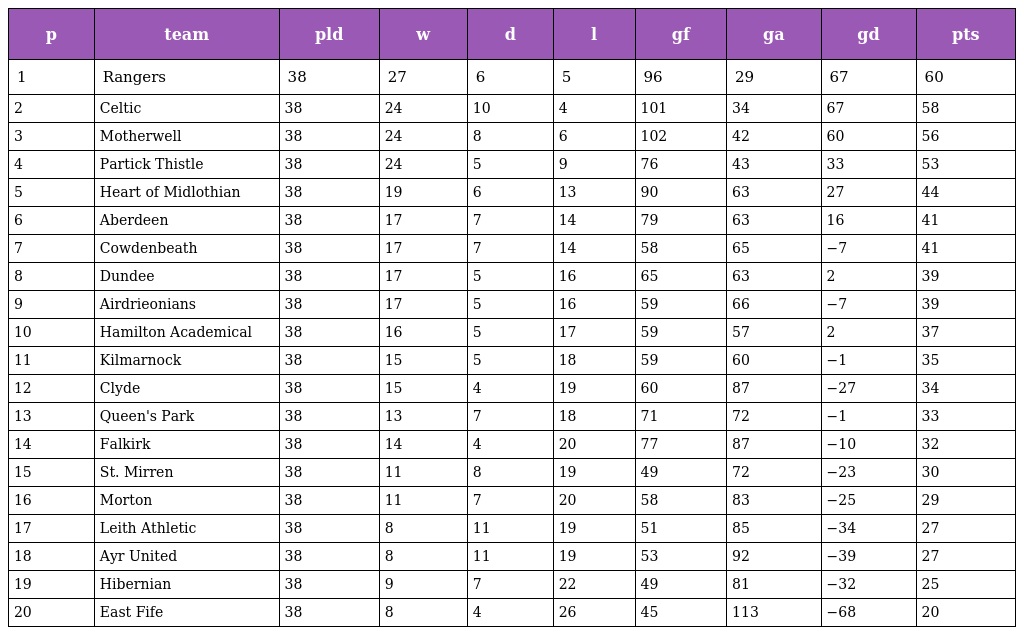
| p | team | pld | w | d | l | gf | ga | gd | pts |
 | --- | --- | --- | --- | --- | --- | --- | --- | --- | --- |
 | 1 | Rangers | 38 | 27 | 6 | 5 | 96 | 29 | 67 | 60 |
 | 2 | Celtic | 38 | 24 | 10 | 4 | 101 | 34 | 67 | 58 |
 | 3 | Motherwell | 38 | 24 | 8 | 6 | 102 | 42 | 60 | 56 |
 | 4 | Partick Thistle | 38 | 24 | 5 | 9 | 76 | 43 | 33 | 53 |
 | 5 | Heart of Midlothian | 38 | 19 | 6 | 13 | 90 | 63 | 27 | 44 |
 | 6 | Aberdeen | 38 | 17 | 7 | 14 | 79 | 63 | 16 | 41 |
 | 7 | Cowdenbeath | 38 | 17 | 7 | 14 | 58 | 65 | −7 | 41 |
 | 8 | Dundee | 38 | 17 | 5 | 16 | 65 | 63 | 2 | 39 |
 | 9 | Airdrieonians | 38 | 17 | 5 | 16 | 59 | 66 | −7 | 39 |
 | 10 | Hamilton Academical | 38 | 16 | 5 | 17 | 59 | 57 | 2 | 37 |
 | 11 | Kilmarnock | 38 | 15 | 5 | 18 | 59 | 60 | −1 | 35 |
 | 12 | Clyde | 38 | 15 | 4 | 19 | 60 | 87 | −27 | 34 |
 | 13 | Queen's Park | 38 | 13 | 7 | 18 | 71 | 72 | −1 | 33 |
 | 14 | Falkirk | 38 | 14 | 4 | 20 | 77 | 87 | −10 | 32 |
 | 15 | St. Mirren | 38 | 11 | 8 | 19 | 49 | 72 | −23 | 30 |
 | 16 | Morton | 38 | 11 | 7 | 20 | 58 | 83 | −25 | 29 |
 | 17 | Leith Athletic | 38 | 8 | 11 | 19 | 51 | 85 | −34 | 27 |
 | 18 | Ayr United | 38 | 8 | 11 | 19 | 53 | 92 | −39 | 27 |
 | 19 | Hibernian | 38 | 9 | 7 | 22 | 49 | 81 | −32 | 25 |
 | 20 | East Fife | 38 | 8 | 4 | 26 | 45 | 113 | −68 | 20 |